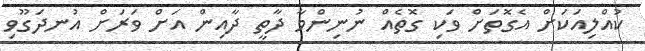
ކުއްލިއަކަށް އެގޮތަށް ވަކި ގޮތެއް ނުނިންމާ ދާތީ ދާއިން އަށް ވަރަށް އުނދަގޫވި